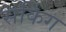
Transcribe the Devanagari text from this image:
सकिंग